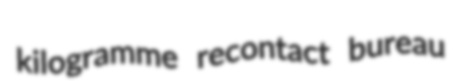
kilogramme recontact bureau